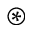
\circledast